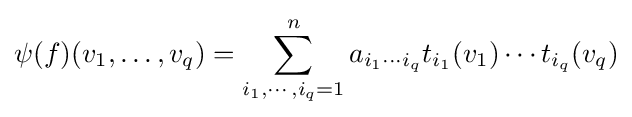
\psi (f)(v_{1},\dots ,v_{q})=\sum _{i_{1},\cdots ,i_{q}=1}^{n}a_{i_{1}\cdots i_{q}}t_{i_{1}}(v_{1})\cdots t_{i_{q}}(v_{q})